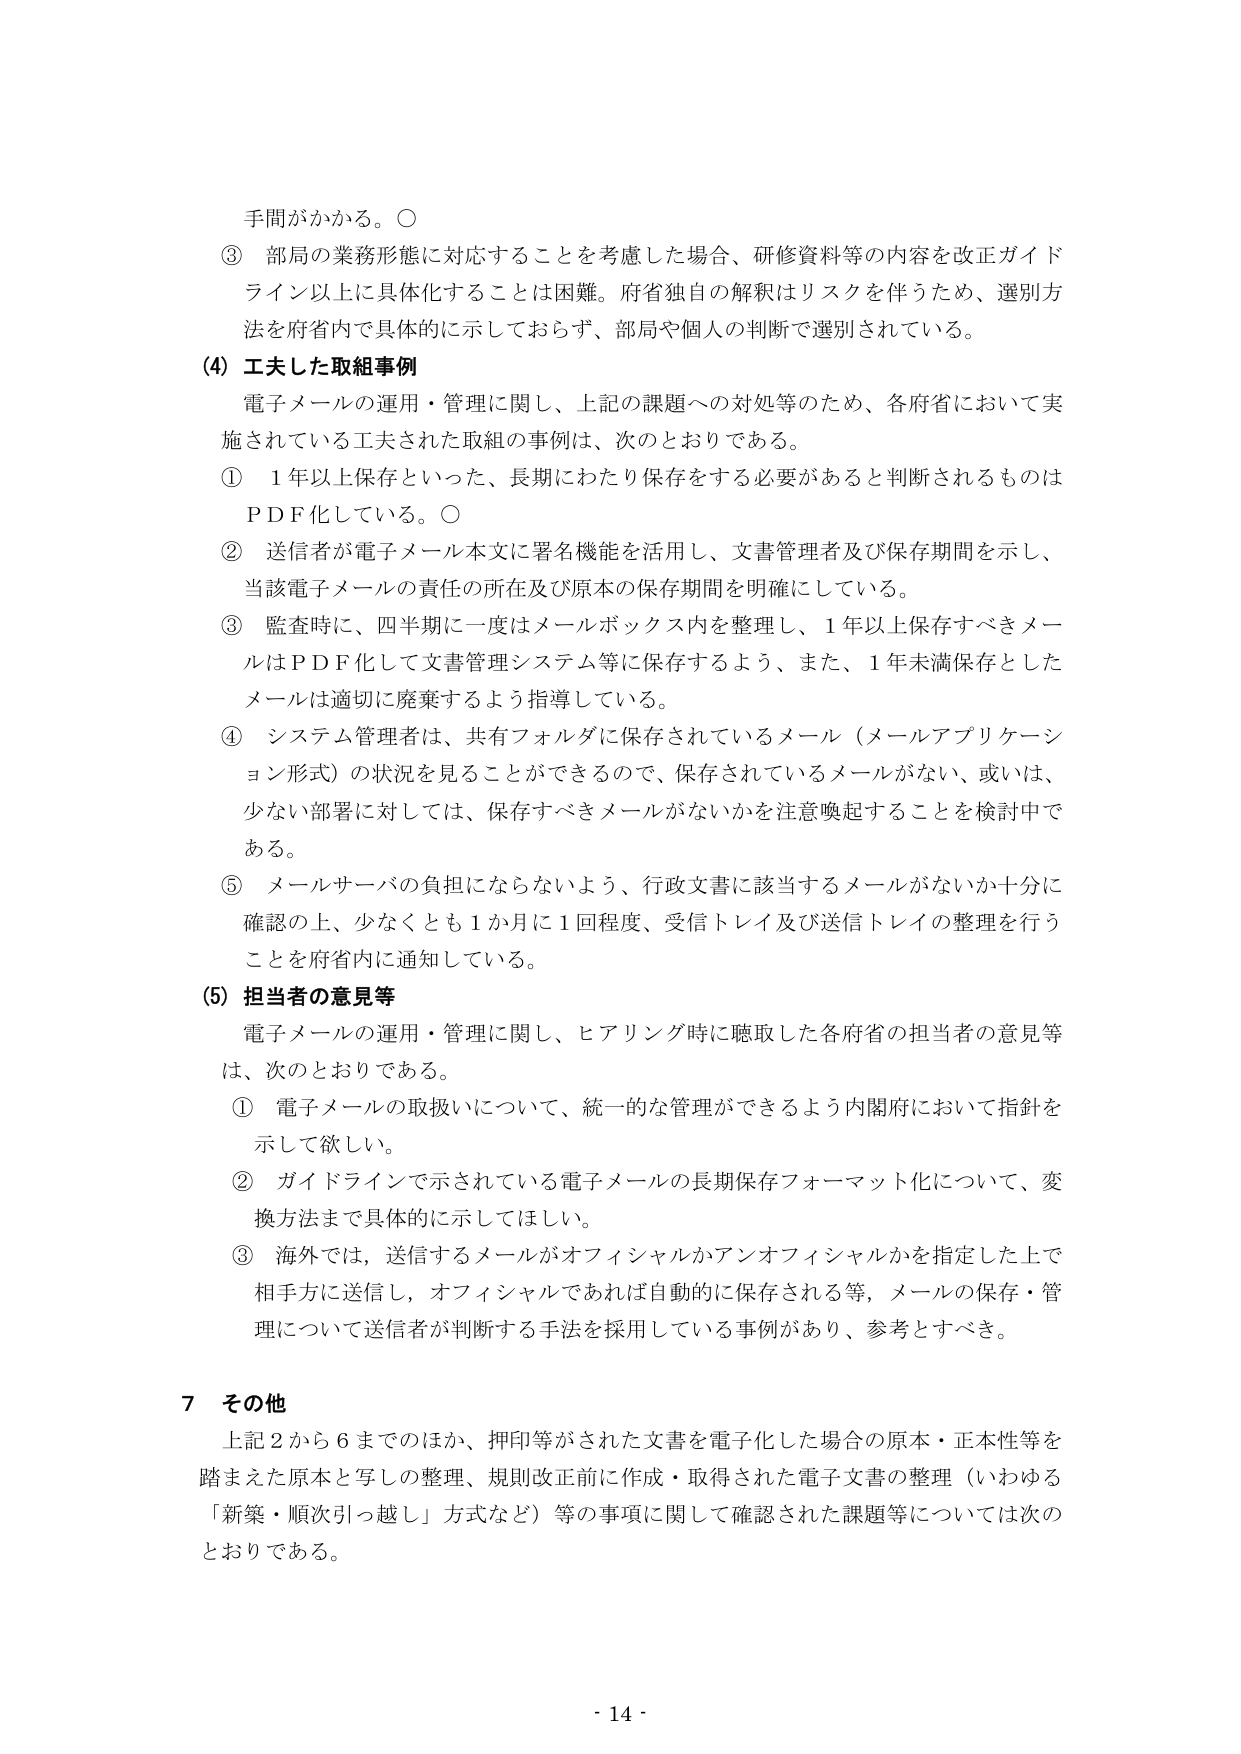
手間がかかる。○
③ 部局の業務形態に対応することを考慮した場合、研修資料等の内容を改正ガイドライン以上に具体化することは困難。府省独自の解釈はリスクを伴うため、選別方法を府省内で具体的に示しておらず、部局や個人の判断で選別されている。

(4) 工夫した取組事例
電子メールの運用・管理に関し、上記の課題への対処等のため、各府省において実施されている工夫された取組の事例は、次のとおりである。
① 1年以上保存といった、長期にわたり保存をする必要があると判断されるものはPDF化している。○
② 送信者が電子メール本文に署名機能を活用し、文書管理者及び保存期間を示し、当該電子メールの責任の所在及び原本の保存期間を明確にしている。
③ 監査時に、四半期に一度はメールボックス内を整理し、1年以上保存すべきメールはPDF化して文書管理システム等に保存するよう、また、1年未満保存としたメールは適切に廃棄するよう指導している。
④ システム管理者は、共有フォルダに保存されているメール（メールアプリケーション形式）の状況を見ることができるため、保存されているメールがない、或いは、少ない部署に対しては、保存すべきメールがないか注意喚起することを検討中である。
⑤ メールサーバの負担にならないよう、行政文書に該当するメールがないか十分に確認の上、少なくとも1か月に1回程度、受信トレイ及び送信トレイの整理を行うことを府省内に通知している。

(5) 担当者の意見等
電子メールの運用・管理に関し、ヒアリング時に聴取した各府省の担当者の意見等は、次のとおりである。
① 電子メールの取扱いについて、統一的な管理ができるよう内閣府において指針を示して欲しい。
② ガイドラインで示されている電子メールの長期保存フォーマット化について、変換方法まで具体的に示してほしい。
③ 海外では、送信するメールがオフィシャルかアンオフィシャルかを指定した上で相手方に送信し、オフィシャルであれば自動的に保存される等、メールの保存・管理について送信者が判断する手法を採用している事例があり、参考とすべき。

7 その他
上記2から6までのほか、押印等がされた文書を電子化した場合の原本・正本性等を踏まえた原本と写しの整理、規則改正前に作成・取得された電子文書の整理（いわゆる「新築・順次引っ越しが」方式など）等の事項に関して確認された課題等については次のとおりである。

- 14 -